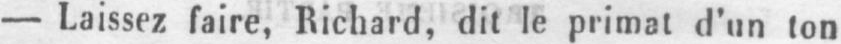
- Laissez faire, Richard, dit le primat d’un ton